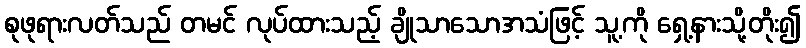
စုဖုရားလတ်သည် တမင် လုပ်ထားသည့် ချိုသာသောအသံဖြင့် သူ့ကို ရှေ့နားသို့တိုး၍